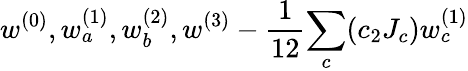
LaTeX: w^{(0)},w_{a}^{(1)},w_{b}^{(2)},w^{(3)}-{\frac{1}{12}}{\sum_{c}(c_{2}J_{c})w_{c}^{(1)}}